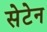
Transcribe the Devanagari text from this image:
सेटेन